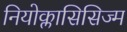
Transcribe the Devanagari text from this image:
नियोक्लासिसिज्म